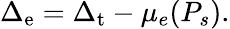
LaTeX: \Delta_{\mathrm{e}}=\Delta_{\mathrm{t}}-\mu_{e}(P_{s}).